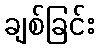
ချစ်ခြင်း